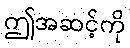
ဤအဆင့်ကို